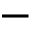
-